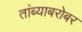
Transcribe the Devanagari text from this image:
तांब्याबरोबर